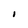
Character: I